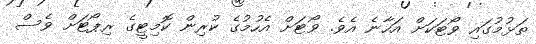
ތަޅުމުގައި ވޯޓަކަށް އަހާނެ އެވެ. ވޯޓަށް އެހުމުގެ ކުރިން ކޮމިޓީގެ ރިޕޯޓަށް ވެސް